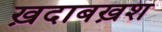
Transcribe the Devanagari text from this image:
ख़दाबख़श